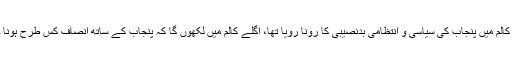
پچھلے کالم میں پنجاب کی سیاسی و انتظامی بدنصیبی کا رونا رویا تھا، اگلے کالم میں لکھوں گا کہ پنجاب کے ساتھ انصاف کس طرح ہونا چاہئے۔